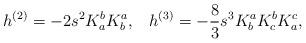
LaTeX: \begin{align*}h^{(2)} = -2 s^2 K^b_a K^a_b, \;\;\; h^{(3)} = -\frac{8}{3} s^3 K^a_bK^b_c K^c_a,\end{align*}